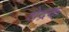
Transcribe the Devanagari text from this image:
शेद्रक